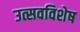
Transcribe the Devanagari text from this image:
उत्सवविशेष